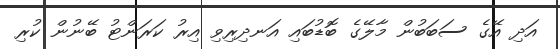
އަދި އޭގެ ސަބަބުން މާލޭގެ ބޮޑުބައި އަނދިރިވި އިރު ކަރަންޓު ބޭނުން ކުރި